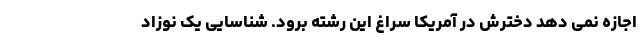
اجازه نمی دهد دخترش در آمریکا سراغ این رشته برود. شناسایی یک نوزاد